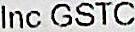
INC GSTC